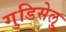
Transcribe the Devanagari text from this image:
गुडिसेलु